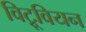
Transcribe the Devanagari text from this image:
विट्रूवियन